Leaving Certificate Examination, 1909
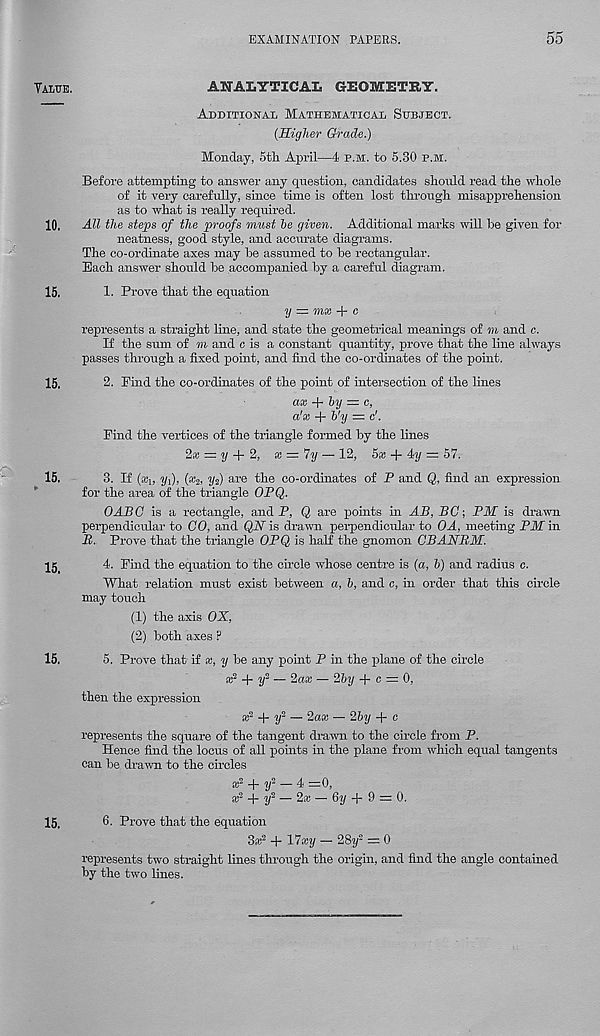
EXAMINATION PAPERS.
55
Yalue.
ANALYTICAL GEOMETRY.
Additional Mathematical Subject.
(Higher Grade.)
Monday, 5th April—4 p.m. to 5.30 p.m.
Before attempting to answer any question, candidates should read the whole
of it very carefully, since time is often lost through misapprehension
as to what is really required.
10, All the steps of the proofs must he given. Additional marks will he given for
neatness, good style, and accurate diagrams.
The co-ordinate axes may he assumed to he rectangular.
Each answer should he accompanied by a careful diagram.
15.
1. Prove that the equation
y = mx + c
represents a straight line, and state the geometrical meanings of m and c.
If the sum of m and c is a constant quantity, prove that the line always
passes through a fixed point, and find the co-ordinates of the point.
15.
2. Find the co-ordinates of the point of intersection of the lines
ax + hy = c,
a'x + h'y = c'.
Find the vertices of the triangle formed hy the lines
2a = i/ + 2, a = 7i/ — 12, 5a + 4i/ = 57.
15.
3. If (*!, y^, (x 2 , y^) are the co-ordinates of P and Q, find an expression
for the area of the triangle OPQ.
OABG is a rectangle, and P, Q are points hi AB, BC; PM is drawn
perpendicular to GO, and QN is drawn perpendicular to OA, meeting PM in
B. Prove that the triangle OPQ is half the gnomon CBANBM.
Ig
4. Find the equation to the circle whose centre is (a, h) and radius c.
What relation must exist between a, h, and c, in order that this circle
may touch
(1) the axis OX,
(2) both axes ?
15.
5. Prove that if x, y be any point P in the plane of the circle
+ y 2 ~~
— 26?/ + c = 0,
then the expression
+ 2/ 2 — 2a* — 25?/ + c
represents the square of the tangent drawn to the circle from P.
Hence find the locus of all points in the plane from which equal tangents
can be drawn to the circles
* z + ?/ 2 — 4 =0,
x 1 + y^ — 2* — 6?/ + 9 = 0.
6. Prove that the equation
S* 2 + 17®?/ — 28y" — 0
represents two straight lines through the origin, and find the angle contained
by the two lines.
15.